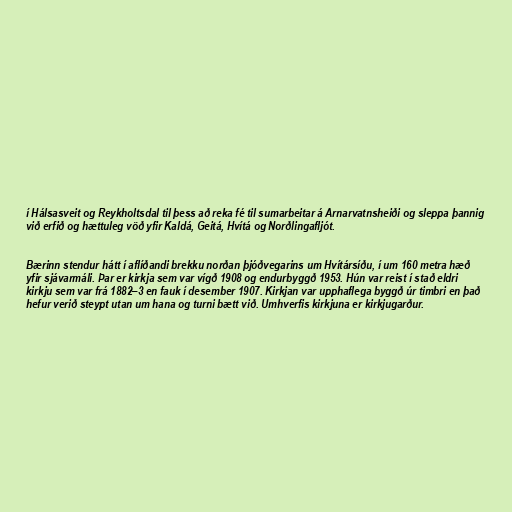
í Hálsasveit og Reykholtsdal til þess að reka fé til sumarbeitar á Arnarvatnsheiði og sleppa þannig
við erfið og hættuleg vöð yfir Kaldá, Geitá, Hvítá og Norðlingafljót.

Bærinn stendur hátt í aflíðandi brekku norðan þjóðvegarins um Hvítársíðu, í um 160 metra hæð
yfir sjávarmáli. Þar er kirkja sem var vígð 1908 og endurbyggð 1953. Hún var reist í stað eldri
kirkju sem var frá 1882–3 en fauk í desember 1907. Kirkjan var upphaflega byggð úr timbri en það
hefur verið steypt utan um hana og turni bætt við. Umhverfis kirkjuna er kirkjugarður.